Lunatic asylums Burma 1907-21 - 1907-1921
Year: 1907
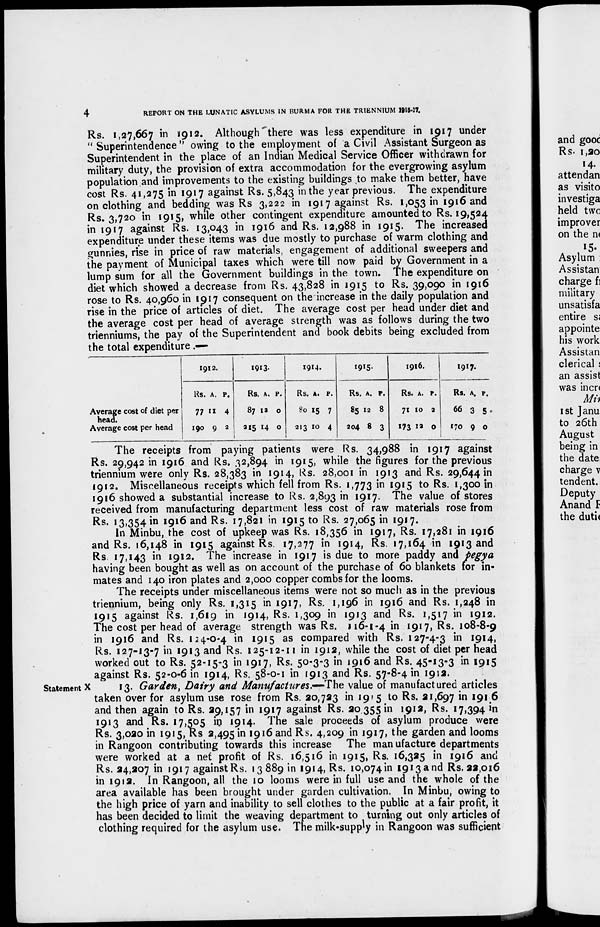
4
REPORT ON THE LUNATIC ASYLUMS IN BURMA FOR THE TRIENNIUM 1915-17.
Rs. 1,27,667 in 1912. Although there was less expenditure in 1917 under
" Superintendence" owing to the employment of a Civil Assistant Surgeon as
Superintendent in the place of an Indian Medical Service Officer withdrawn for
military duty, the provision of extra accommodation for the evergrowing asylum
population and improvements to the existing buildings to make them better, have
cost Rs. 41,275 in 1917 against Rs. 5,843 in the year previous. The expenditure
on clothing and bedding was Rs 3,222 in 1917 against Rs. 1,053 in 1916 and
Rs. 3,720 in 1915, while other contingent expenditure amounted to Rs. 19,524
in 1917 against Rs. 13,043 in 1916 and Rs. 12,988 in 1915. The increased
expenditure under these items was due mostly to purchase of warm clothing and
gunnies, rise in price of raw materials, engagement of additional sweepers and
the payment of Municipal taxes which were till now paid by Government in a
lump sum for all the Government buildings in the town. The expenditure on
diet which showed a decrease from Rs. 43,828 in 1915 to Rs. 39,090 in 1916
rose to Rs. 40,960 in 1917 consequent on the increase in the daily population and
rise in the price of articles of diet. The average cost per head under diet and
the average cost per head of average strength was as follows during the two
trienniums, the pay of the Superintendent and book debits being excluded from
the total expenditure.—
Average cost of diet per
head.
Average cost per head
1912.
Rs.
77
190
A.
11
9
P.
4
2
1913.
Rs.
87
215
A.
12
14
P.
0
0
1914.
Rs.
80
213
A.
15
10
P.
7
4
1915.
Rs.
85
204
A.
12
8
P.
8
3
1916.
Rs.
71
173
A.
10
12
P.
2
0
1917.
Rs.
66
170
A.
3
9
P.
5
0
The receipts from paying patients were Rs. 34,988 in 1917 against
Rs. 29,942 in 1916 and Rs. 32,894 in 1915, while the figures for the previous
triennium were only Rs. 28,383 in 1914, Rs. 28,001 in 1913 and Rs. 29,644 in
1912. Miscellaneous receipts which fell from Rs. 1,773 in 1915 to Rs. 1,300 in
1916 showed a substantial increase to Rs. 2,893 in 1917. The value of stores
received from manufacturing department less cost of raw materials rose from
Rs. 13,354 in 1916 and Rs. 17,821 in 1915 to Rs. 27,065 in 1917.
In Minbu, the cost of upkeep was Rs. 18,356 in 1917, Rs. 17,281 in 1916
and Rs. 16,148 in 1915 against Rs. 17,277 in 1914, Rs. 17,164 in 1913 and
Rs. 17,143 in 1912. The increase in 1917 is due to more paddy and pegya
having been bought as well as on account of the purchase of 60 blankets for in-
mates and 140 iron plates and 2,000 copper combs for the looms.
The receipts under miscellaneous items were not so much as in the previous
triennium, being only Rs. 1,315 in 1917, Rs. 1,196 in 1916 and Rs. 1,248 in
1915 against Rs. 1,619 in 1914, Rs. 1,309 in 1913 and Rs. 1,517 in 1912.
The cost per head of average strength was Rs. 116-1-4 in 1917, Rs. 108-8-9
in 1916 and Rs. 124-0-4 in 1915 as compared with Rs. 127-4-3 in 1914,
Rs. 127-13-7 in 1913 and Rs. 125-12-11 in 1912, while the cost of diet per head
worked out to Rs. 52-15-3 in 1917, Rs. 50-3-3 in 1916 and Rs. 45-13-3 in 1915
against Rs. 52-0-6 in 1914, Rs. 58-0-1 in 1913 and Rs. 57-8-4 in 1912.
Statement X
13. Garden, Dairy and Manufactures.—The value of manufactured articles
taken over for asylum use rose from Rs. 20,723 in 1915 to Rs. 21,697 in 191 6
and then again to Rs. 29,157 in 1917 against Rs. 20,355 in 1912, Rs. 17,394 in
1913 and Rs. 17,505 in 1914. The sale proceeds of asylum produce were
Rs. 3,020 in 1915, Rs 2,495 in 1916 and Rs. 4,209 in 1917, the garden and looms
in Rangoon contributing towards this increase The manufacture departments
were worked at a net profit of Rs. 16,516 in 1915, Rs. 16,325 in 1916 and
Rs. 24,207 in 1917 against Rs. 13,889 in 1914, Rs. 10,074 in 1913 and Rs. 22,016
in 1912. In Rangoon, all the 10 looms were in full use and the whole of the
area available has been brought under garden cultivation. In Minbu, owing to
the high price of yarn and inability to sell clothes to the public at a fair profit, it
has been decided to limit the weaving department to turning out only articles of
clothing required for the asylum use. The milk-supply in Rangoon was sufficient